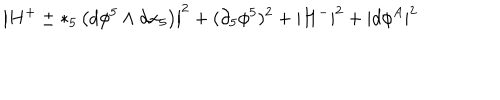
LaTeX: \left| H ^ { + } \pm * _ { 5 } \left( d \phi ^ { 5 } \wedge d x _ { 5 } \right) \right| ^ { 2 } + ( \partial _ { 5 } \phi ^ { 5 } ) ^ { 2 } + \left| H ^ { - } \right| ^ { 2 } + | d \phi ^ { A } | ^ { 2 }